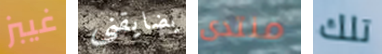
غيبز يضايقني منتدى تلك